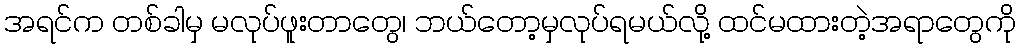
အရင်က တစ်ခါမှ မလုပ်ဖူးတာတွေ၊ ဘယ်တော့မှလုပ်ရမယ်လို့ ထင်မထားတဲ့အရာတွေကို